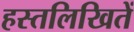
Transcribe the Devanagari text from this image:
हस्तलिखितें